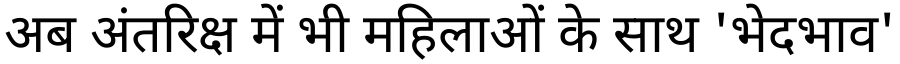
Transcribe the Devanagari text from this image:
अब अंतरिक्ष में भी महिलाओं के साथ 'भेदभाव'